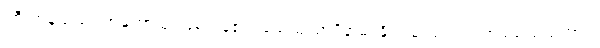
ကြီးကုန်သည်။ အဟောသုံ၊ ဖြစ်ကုန်၏။ သေယျထာပိနာမ၊ နိုင်းယှဉ်စရာဥပမာမည်သည်ကား။